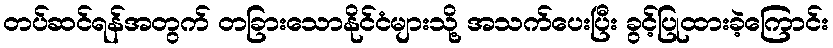
တပ်ဆင်ရန်အတွက် တခြားသောနိုင်ငံများသို့ အသက်ပေးပြီး ခွင့်ပြုထားခဲ့ကြောင်း